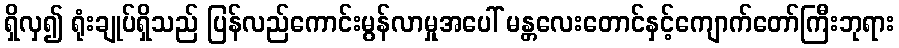
ရှိလှ၍ ရုံးချုပ်ရှိသည် ပြန်လည်ကောင်းမွန်လာမှုအပေါ် မန္တလေးတောင်နှင့်ကျောက်တော်ကြီးဘုရား